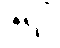
ဇရပ်